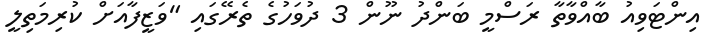
އިންޓަވިއު ބާއްވާތާ ރަސްމީ ބަންދު ނޫން 3 ދުވަހުގެ ތެރޭގައި "ވަޒީފާއަށް ކުރިމަތިލީ